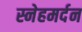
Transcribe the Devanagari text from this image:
स्नेहमर्दन